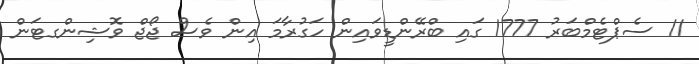
11 ސެޕްޓެމްބަރު 1777 ގައި ބްރޭންޑީވައިން ހަގުރާމަ އިން ވެސް ޖޯޖް ވޮޝިންގޓަން